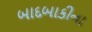
બાદબાકીના